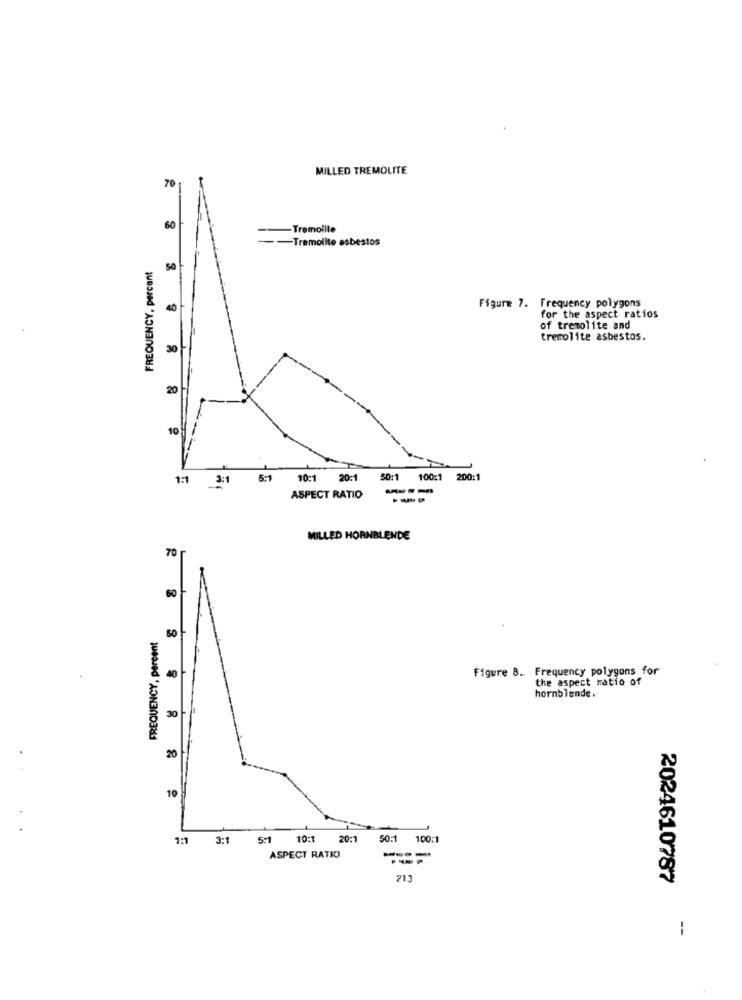
MILLED TREMOLITE
70
60
-Tremoille
- - Tramolite asbestos
FREQUENCY, percant
50
40
Figure 7. Frequency polygons
for the aspect ratios
of tremolite and
tremolite asbestos.
30
20
10
1:1
3:1
5:1
10:1
20:1
50:1
100:1
200:1
ASPECT RATIO
----
---
MILLED HORNBLENDE
70
60
FREQUENCY, percent
Figure 8. Frequency polygons for
40
the aspect ratio of
hornblende .
30 -
20
10
1:1 3:1
5:1
10:1
20:1.
50:1
100:1
ASPECT RATIO
---
213
2024610787
--